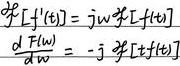
\begin{align*}
\mathcal{F}[f^{\prime}(t)]&=jw\mathcal{F}[f(t)]\\
\frac{dF(w)}{dw}&=-j\mathcal{F}[tf(t)]
\end{align*}